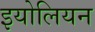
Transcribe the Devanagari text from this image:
इयोलियन